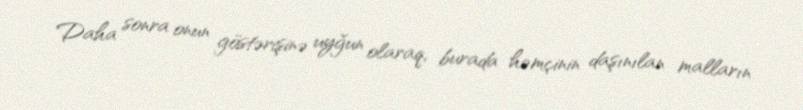
Daha sonra onun göstərişinə uyğun olaraq, burada həmçinin daşınılan malların